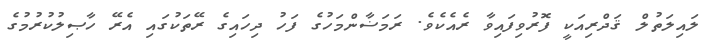
ލައިލަތުލް ޤަދްރިއަކީ ފޮރުވިފައިވާ ރެއެކެވެ. ރަމަޟާންމަހުގެ ފަހު ދިހައިގެ ރޭތަކުގައި އެރޭ ހާޞިލުކުރުމުގެ